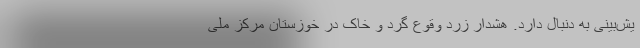
یش‌بینی به دنبال دارد. هشدار زرد وقوع گرد و خاک در خوزستان مرکز ملی